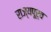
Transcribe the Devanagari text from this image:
राज्यपूर्व